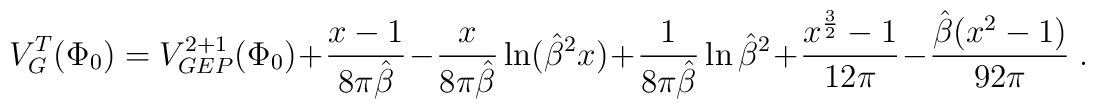
V_G^T(\Phi_0)=V_{GEP}^{2+1} (\Phi_0) + \frac {x-1} {8 \pi \hat{\beta}} - {x\over {8 \pi \hat{\beta}}}\ln ({\hat{\beta}}^2x) + {1\over {8 \pi \hat{\beta}}}\ln {\hat{\beta}}^2 + \frac {x^{3\over 2} - 1} {12 \pi} - \frac {\hat{\beta} (x^2 - 1)} {92 \pi} \; .